system: You are a helpful assistant.
user:
Analyze the provided spectrum to determine if it is a **Carbon Star (C-type)**.

- **Key Visual Indicators of Carbon Star:**
    - **(Primary):** Strong molecular absorption from **C₂ (diatomic carbon) "Swan Bands."** This is the **defining feature** of a carbon star.
        - **(Key Bandheads):** Sharp absorption edges are visible at approximately $5635$ Å, $5165$ Å (the strongest band), and $4737$ Å.
        - **(Line Profile):** Creates a distinct **"saw-tooth"** pattern. The key morphology is a sharp, steep bandhead on the **red (long-wavelength) side**, which then gradually tapers off (i.e., flux recovers) towards the **blue (short-wavelength) side**. *(This is the direct opposite of the TiO bands seen in M-type stars)*.

    - **(Secondary):** Intense **CN (cyanogen)** molecular absorption bands.
        - **(Key Bandheads):** Located in the blue and violet regions of the spectrum (e.g., near $4215$ Å and $3883$ Å).
        - **(Morphology):** These bands are extremely broad and act as a "blanket," absorbing the vast majority of blue and violet light. This creates a characteristic **"cliff"** or **"steep drop-off"** in the spectrum's flux at short wavelengths.

    - **(Key Confirmation):** Strong **CH absorption band (G-band)**.
        - **(Key Bandhead):** Located around $4300$ Å. The contribution from CH molecules to this band is exceptionally strong.

    - **(Overall Spectrum):**
        - The continuum is severely "chopped up" by these deep molecular bands, especially C₂, rather than appearing as a smooth curve.
        - Due to the heavy CN and C₂ absorption in the blue-green, the vast majority of the star's flux is concentrated in the red part of the spectrum, giving the star its characteristic deep red color.

Think first, call **spectral_visualization_tool** if needed to examine features in detail, then provide your final answer. Your response must adhere to the following strict rules:
1.  **Overall Structure:** Your response must follow the format `<think>...</think> <tool_call>...</tool_call> (if a tool is used) <answer>...</answer>`.
2.  **Tool Usage Constraint:** You may only make **one** tool call per turn.
3.  **Final Answer Format:** In the `<answer>` tag, your conclusion must be inside a `\boxed{}` command (e.g., `\boxed{YES}`), followed by your justification.

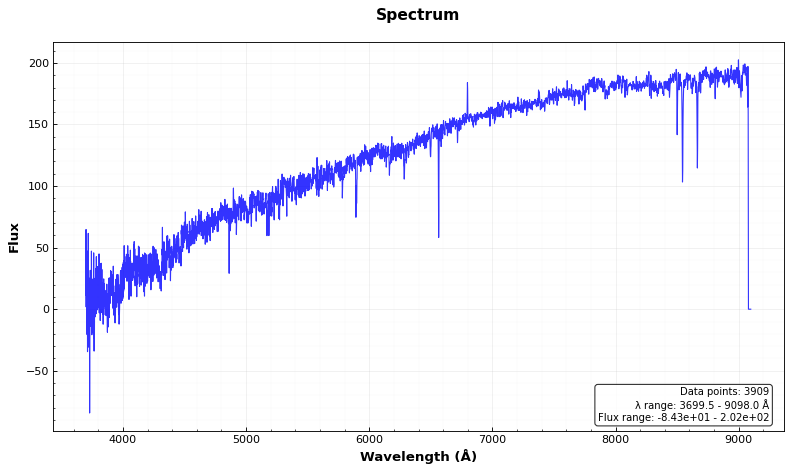
Answer: NO